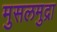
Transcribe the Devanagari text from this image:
मुसलमुद्रा